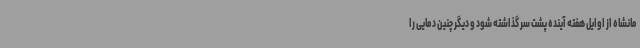
مانشاه از اوایل هفته آینده پشت سر گذاشته شود و دیگر چنین دمایی را